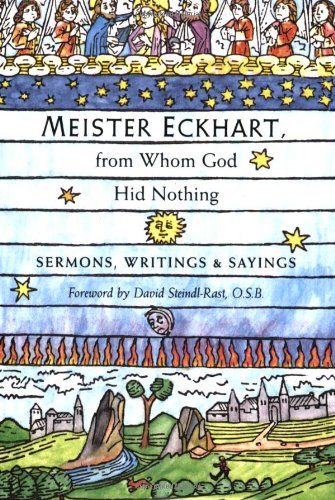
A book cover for Meister Eckhart, from Whom God Hid Nothing: Sermons, Writings, and Sayings; Meister Eckhart; Christian Books & Bibles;